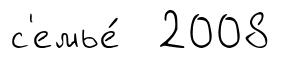
с'емье́ 2008